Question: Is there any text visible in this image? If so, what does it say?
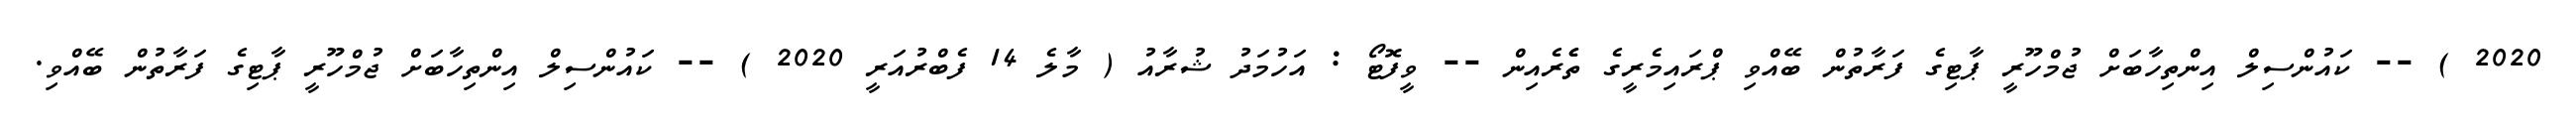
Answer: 2020 ) -- ކައުންސިލް އިންތިހާބަށް ޖުމްހޫރީ ޕާޓިގެ ފަރާތުން ބޭއްވި ޕްރައިމެރީގެ ތެެރެއިން -- ވީފޮޓޯ : އަހުމަދު ޝުރާއު ( މާލެ 14 ފެބްރުއަރީ 2020 ) -- ކައުންސިލް އިންތިހާބަށް ޖުމްހޫރީ ޕާޓިގެ ފަރާތުން ބޭއްވި.